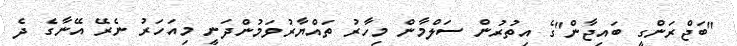
"ބަޖްރަންގީ ބައިޖާން"ގެ އިތުރުން ސަލްމާން މިހާރު ތައްޔާރުވަމުންދަނީ މިއަހަރު ނެރޭ އޭނާގެ ދެ